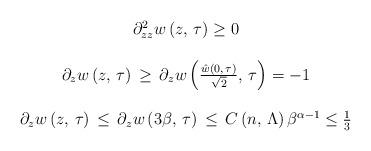
LaTeX: \begin{align*}\begin{array}{c}\partial_{zz}^{2}w\left(z,\,\tau\right)\geq0\\\\\partial_{z}w\left(z,\,\tau\right)\,\geq\,\partial_{z}w\left(\frac{\hat{w}\left(0,\,\tau\right)}{\sqrt{2}},\,\tau\right)=-1\\\\\partial_{z}w\left(z,\,\tau\right)\,\leq\,\partial_{z}w\left(3\beta,\,\tau\right)\,\leq\,C\left(n,\,\Lambda\right)\beta^{\alpha-1}\leq\frac{1}{3}\end{array}\end{align*}